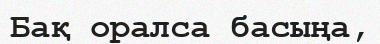
Бақ оралса басыңа,